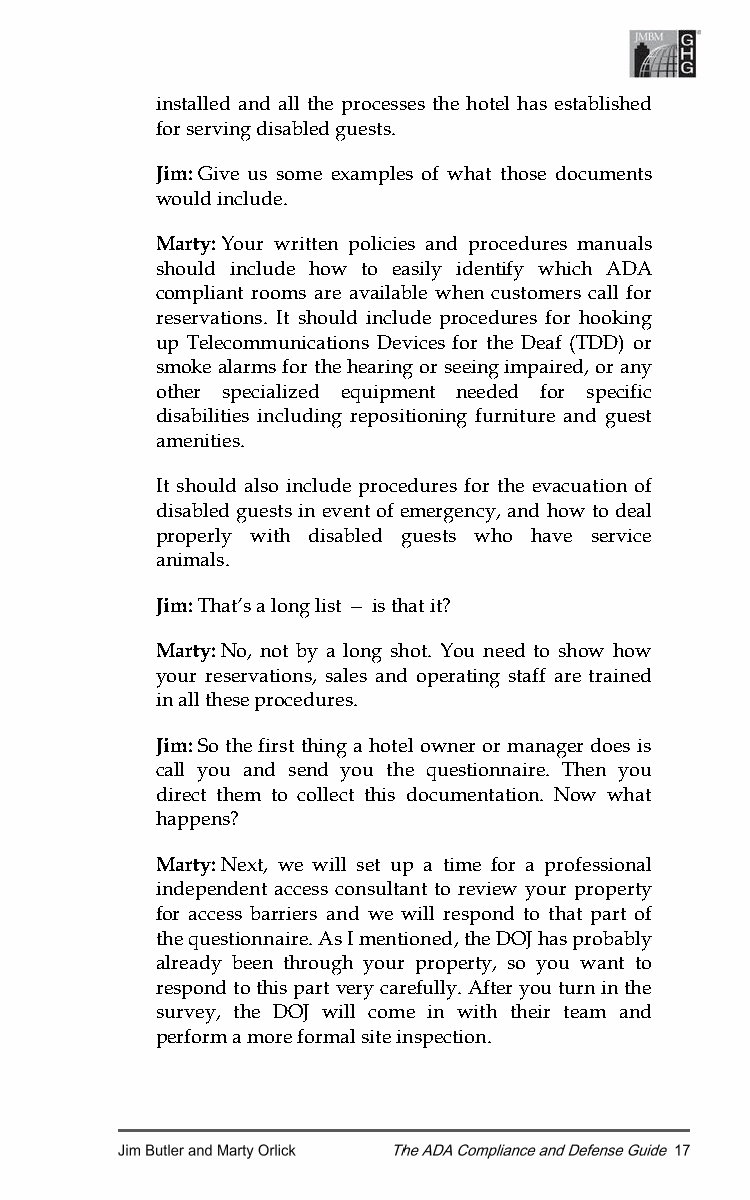
installed and all the processes the hotel has established
 for serving disabled guests.
 Jim: Give us some examples of what those documents
 would include.
 Marty: Your written policies and procedures manuals
 should include how to easily identify which ADA
 compliant rooms are available when customers call for
 reservations. It should include procedures for hooking
 up Telecommunications Devices for the Deaf (TDD) or
 smoke alarms for the hearing or seeing impaired, or any
 other specialized equipment needed for specific
 disabilities including repositioning furniture and guest
 amenities.
 It should also include procedures for the evacuation of
 disabled guests in event of emergency, and how to deal
 properly with disabled guests who have service
 animals.
 Jim: That’s a long list — is that it?
 Marty: No, not by a long shot. You need to show how
 your reservations, sales and operating staff are trained
 in all these procedures.
 Jim: So the first thing a hotel owner or manager does is
 call you and send you the questionnaire. Then you
 direct them to collect this documentation. Now what
 happens?
 Marty: Next, we will set up a time for a professional
 independent access consultant to review your property
 for access barriers and we will respond to that part of
 the questionnaire. As I mentioned, the DOJ has probably
 already been through your property, so you want to
 respond to this part very carefully. After you turn in the
 survey, the DOJ will come in with their team and
 perform a more formal site inspection.